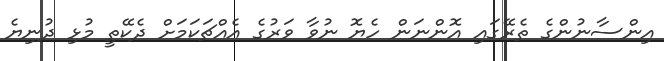
އިންސާނުންގެ ތެރޭގައި އޮންނަން ހެޔޮ ނުވާ ވަރުގެ އެއްޗަކަމަށް ދެކޭތީ މުޅި ދުނިޔެ